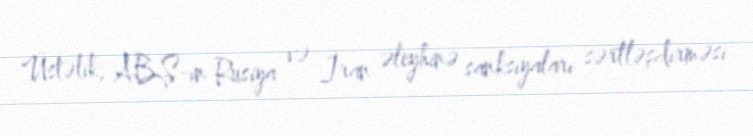
Üstəlik, ABŞ-ın Rusiya və İran əleyhinə sanksiyaları sərtləşdirməsi